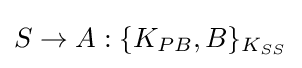
S\rightarrow A:\{K_{PB},B\}_{K_{SS}}